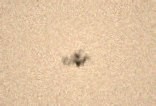
edir.